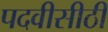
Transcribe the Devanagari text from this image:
पदवीसीठी